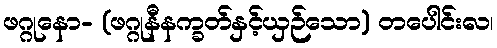
ဖဂ္ဂုနော- (ဖဂ္ဂုနီနက္ခတ်နှင့်ယှဉ်သော) တပေါင်းလ၊